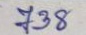
738